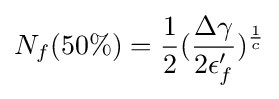
N_{f}(50\%)={\frac {1}{2}}({\frac {\Delta \gamma }{2\epsilon '_{f}}})^{\frac {1}{c}}